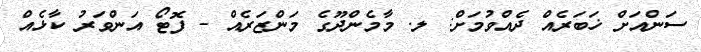
ސަންއަށް ޚަބަރެއް ދެއްވުމަށް: ލ. މާމެންދޫގެ މަންޒަރެއް - ފޮޓޯ އަންވަރު ކާޅެއް